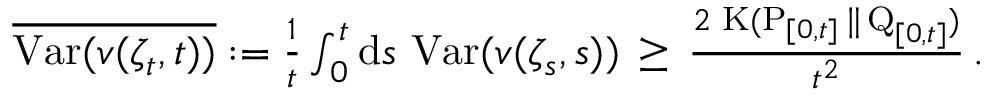
\begin{array} { r } { \overline { { \operatorname { V a r } ( \mathscr { v } ( \zeta _ { t } , t ) ) } } : = \frac { 1 } { t } \int _ { 0 } ^ { t } \mathrm { d } s \, \operatorname { V a r } ( \mathscr { v } ( \zeta _ { s } , s ) ) \, \geq \, \frac { 2 \, \operatorname { K } ( \operatorname { P } _ { [ 0 , t ] } \| \operatorname { Q } _ { [ 0 , t ] } ) } { t ^ { 2 } } \, . } \end{array}